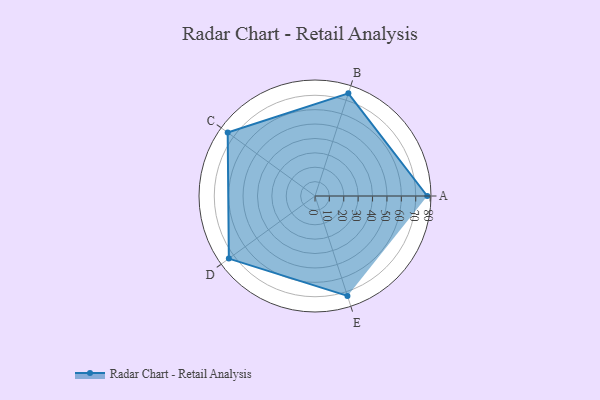
{"axis": {"x": "Skill", "y": "Score"}, "legend": ["Profile"], "data": [{"x": "A", "y": 78.0, "type": "Profile"}, {"x": "B", "y": 75.0, "type": "Profile"}, {"x": "C", "y": 75.0, "type": "Profile"}, {"x": "D", "y": 74.0, "type": "Profile"}, {"x": "E", "y": 73.0, "type": "Profile"}]}